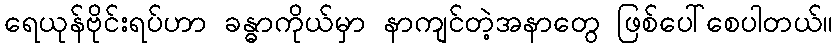
ရေယုန်ဗိုင်းရပ်ဟာ ခန္ဓာကိုယ်မှာ နာကျင်တဲ့အနာတွေ ဖြစ်ပေါ်စေပါတယ်။